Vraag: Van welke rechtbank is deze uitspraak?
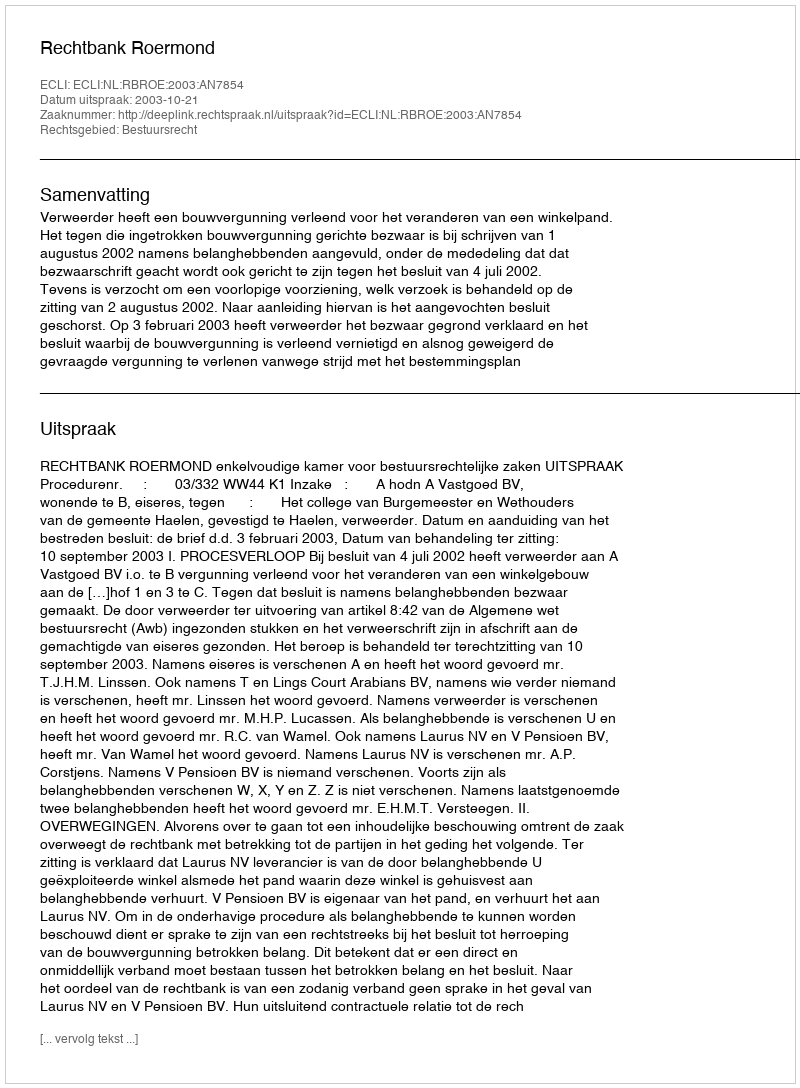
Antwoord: Rechtbank Roermond